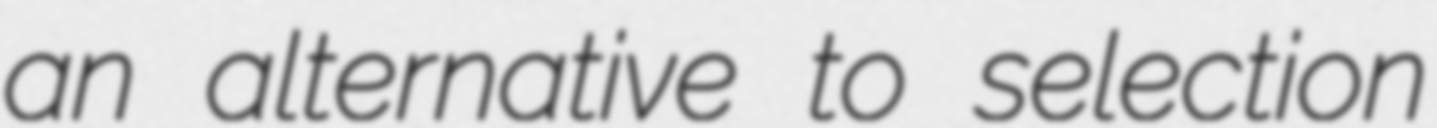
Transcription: an alternative to selection